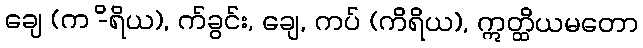
ချေ (က -ိရိယ), က်ခွင်း, ချေ, ကပ် (ကိရိယ), ဣတ္ထိယမတော